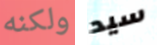
ولكنه سيد